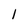
Character: 1